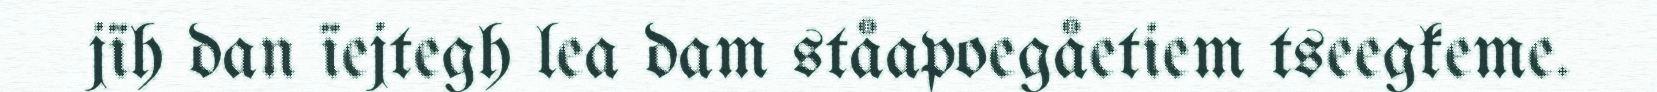
jïh dan ïejtegh lea dam ståapoegåetiem tseegkeme.